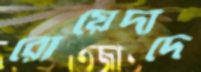
রোয়েদাদে